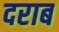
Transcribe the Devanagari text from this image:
दराब